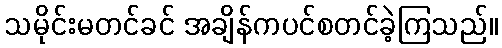
သမိုင်းမတင်ခင် အချိန်ကပင်စတင်ခဲ့ကြသည်။